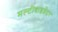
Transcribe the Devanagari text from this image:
मल्टीवाइव्रेटर